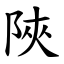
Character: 陜